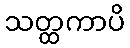
သတ္ထကာပိ